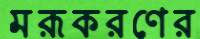
মরূকরণের